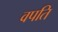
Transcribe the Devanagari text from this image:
वपति